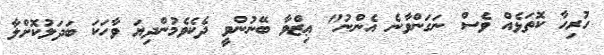
ހުރިހާ ކޮތަޅެއް ވެސް ނަގަންވާނެ އެންނު" ޢިޒްވާ ބޭނުންވީ ދެކެވެމުންދިޔަ ވާހަކަ ބަދަލުކޮށްލާ